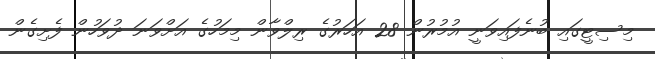
މިސިޓީގައި ބުނެފައިވަނީ އުމުރުން 28 އަހަރުގެ ރިލްވާން މިމަހުގެ އަށްވަނަ ދުވަހުން ފެށިގެން